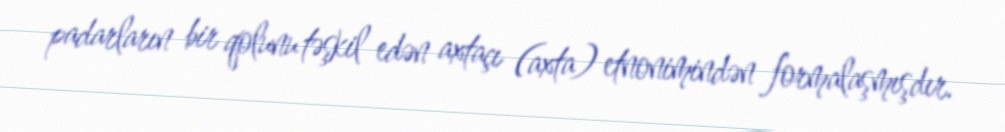
padarların bir qolunu təşkil edən axtaçı (axta) etnonimindən formalaşmışdır.